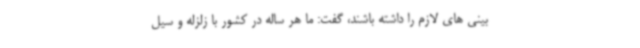
بینی های لازم را داشته باشند، گفت: ما هر ساله در کشور با زلزله و سیل